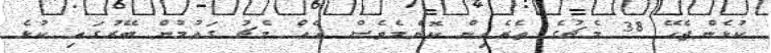
ކުޅެންޖެހޭ 38 މެޗުގެ ތެރެއިން ކޮންމެވެސް އެއް މެޗު ގައުމުން ބޭރުގައި ކުޅެ